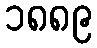
၁၈၈၉